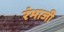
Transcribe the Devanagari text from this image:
रंभाजी